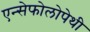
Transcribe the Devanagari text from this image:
एन्सेफोलोपेथी